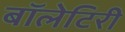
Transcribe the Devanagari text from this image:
बॉलेटिरी